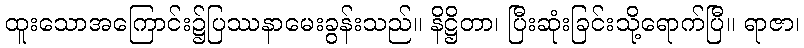
ထူးသောအကြောင်း၌ပြဿနာမေးခွန်းသည်။ နိဋ္ဌိတာ၊ ပြီးဆုံးခြင်းသို့ရောက်ပြီ။ ရာဇာ၊